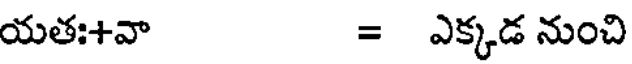
యతః+వా = ఎక్కడ నుంచి